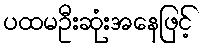
ပထမဦးဆုံးအနေဖြင့်